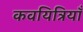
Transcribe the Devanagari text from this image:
कवयित्रियाँ